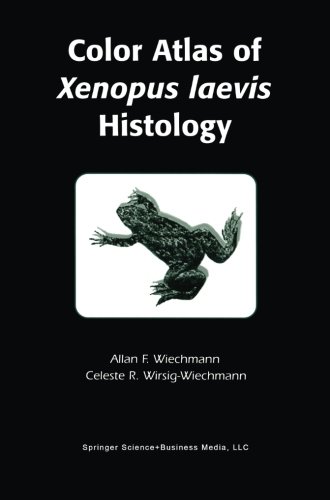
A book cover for Color Atlas of Xenopus laevis Histology; Allan F. Wiechmann; Medical Books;